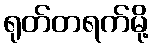
ရုတ်တရက်မို့